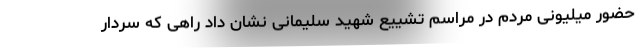
حضور میلیونی مردم در مراسم تشییع شهید سلیمانی نشان داد راهی که سردار